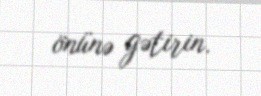
önünə gətirin.